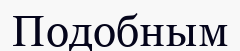
Подобным